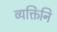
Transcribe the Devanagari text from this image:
व्यक्तिंनि